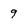
Character: 9